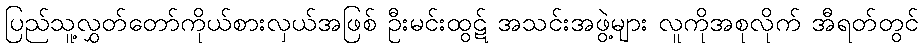
ပြည်သူ့လွှတ်တော်ကိုယ်စားလှယ်အဖြစ် ဦးမင်းထွဋ် အသင်းအဖွဲ့များ လူကိုအစုလိုက် အီရတ်တွင်